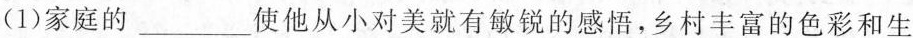
(1)家庭的___使他从小对美就有敏锐的感悟，乡村丰富的色彩和生